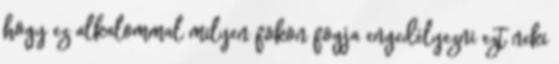
hogy ez alkalommal milyen fokon fogja engedélyezni ezt neki